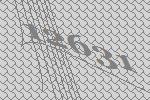
12631